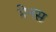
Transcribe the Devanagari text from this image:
मेनस